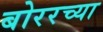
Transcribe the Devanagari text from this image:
बोररच्या